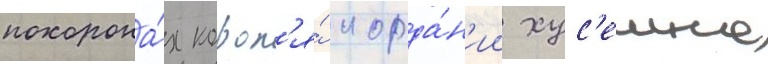
похорона́х корол'я́ иорда́н'ии хус'еина